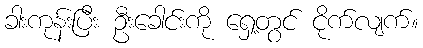
ခါးကုန်းပြီး ဦးခေါင်းကို ရှေ့တွင် ငိုက်လျက်။